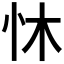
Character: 𪫟